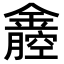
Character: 𨭒